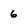
Character: 6